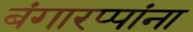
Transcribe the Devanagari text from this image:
बंगारप्पांना